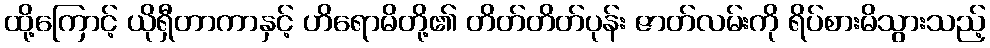
ထို့ကြောင့် ယိုရှီတာကာနှင့် ဟိရောမိတို့၏ တိတ်တိတ်ပုန်း ဇာတ်လမ်းကို ရိပ်စားမိသွားသည့်